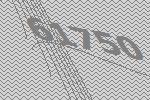
61750